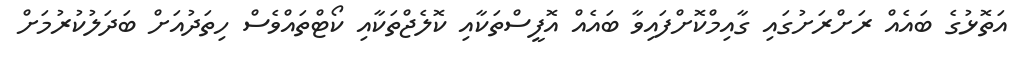
އަތޮޅުގެ ބައެއް ރަށްރަށުގައި ގާއިމްކޮށްފައިވާ ބައެއް އޮފީސްތަކާއި ކޮލެޖްތަކާއި ކޯޓްތައްވެސް ހިތަދުއަށް ބަދަލުކުރުމަށް